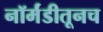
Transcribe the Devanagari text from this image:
नॉर्मंडीतूनच